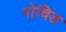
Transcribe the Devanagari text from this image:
गोचिड